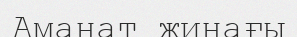
Аманат жинағы